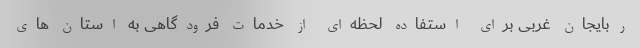
ربایجان غربی برای استفاده لحظه‌ای از خدمات فرودگاهی به استان های